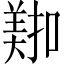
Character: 𫅖